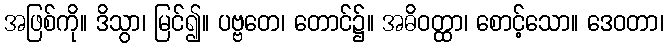
အဖြစ်ကို။ ဒိသွာ၊ မြင်၍။ ပဗ္ဗတေ၊ တောင်၌။ အဓိဝတ္ထာ၊ စောင့်သော။ ဒေဝတာ၊